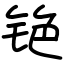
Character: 铯